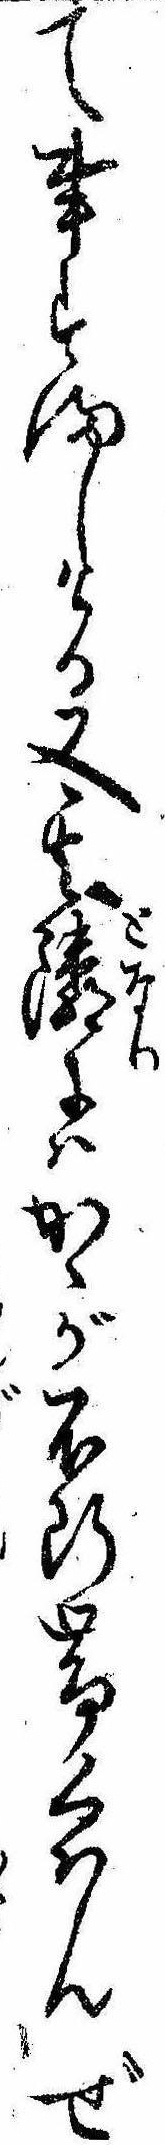
て事すましける又其隣にはかゝが不断帯くはんぜ